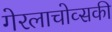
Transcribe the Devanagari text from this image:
गेरलाचोव्सकी